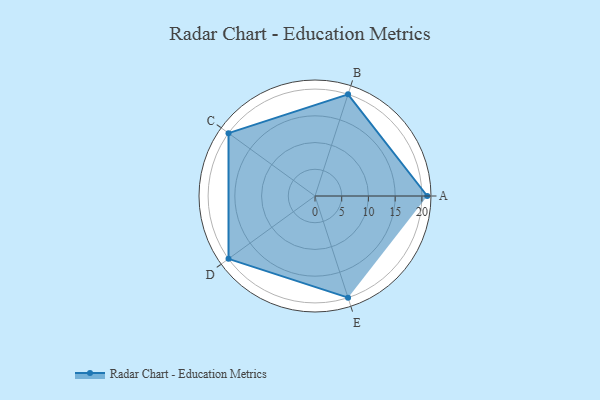
{"axis": {"x": "Skill", "y": "Score"}, "legend": ["Profile"], "data": [{"x": "A", "y": 21.0, "type": "Profile"}, {"x": "B", "y": 20, "type": "Profile"}, {"x": "C", "y": 20, "type": "Profile"}, {"x": "D", "y": 20, "type": "Profile"}, {"x": "E", "y": 20, "type": "Profile"}]}